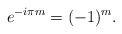
LaTeX: \begin{gather*}e^{-i\pi m} = (-1)^{m}.\end{gather*}